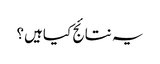
یہ نتائج کیاہیں؟